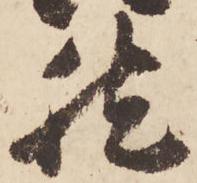
然